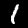
Digit: 1